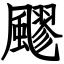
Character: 飂